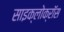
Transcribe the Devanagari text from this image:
साइक्लोक्रॉस